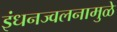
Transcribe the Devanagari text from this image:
इंधनज्वलनामुळे